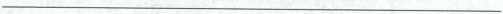
___